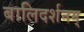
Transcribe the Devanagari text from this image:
बालिदर्शनम्